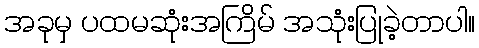
အခုမှ ပထမဆုံးအကြိမ် အသုံးပြုခဲ့တာပါ။